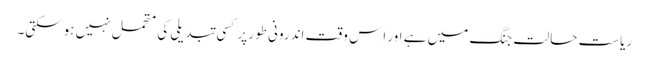
ریاست حالتِ جنگ میں ہے اور اِس وقت اندرونی طور پر کسی تبدیلی کی متحمل نہیں ہوسکتی۔